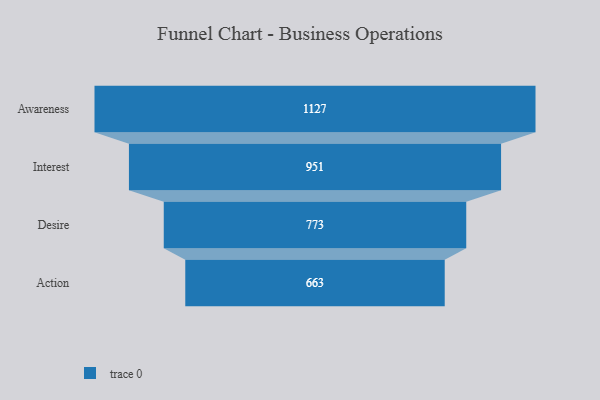
{"axis": {"x": "Stage", "y": "Value"}, "legend": [""], "data": [{"x": "Awareness", "y": 1127.0, "type": ""}, {"x": "Interest", "y": 951.0, "type": ""}, {"x": "Desire", "y": 773.0, "type": ""}, {"x": "Action", "y": 663.0, "type": ""}]}